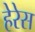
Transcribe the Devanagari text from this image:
हेरेस